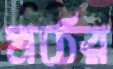
মঠের